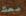
معك